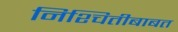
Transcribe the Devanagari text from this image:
निश्चितीबाबत